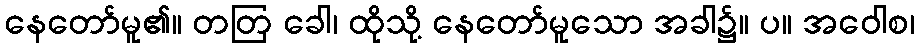
နေတော်မူ၏။ တတြ ခေါ၊ ထိုသို့ နေတော်မူသော အခါ၌။ ပ။ အဝေါစ၊